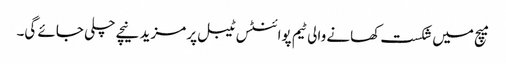
میچ میں شکست کھانے والی ٹیم پوائنٹس ٹیبل پر مزید نیچے چلی جائے گی۔